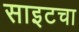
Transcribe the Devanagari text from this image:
साइटचा